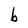
Character: b